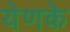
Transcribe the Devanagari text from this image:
येणके